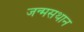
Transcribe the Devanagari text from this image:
जन्मसथान